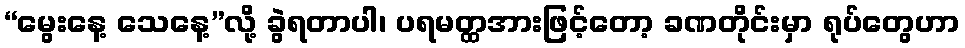
“မွေးနေ့ သေနေ့”လို့ ခွဲရတာပါ၊ ပရမတ္ထအားဖြင့်တော့ ခဏတိုင်းမှာ ရုပ်တွေဟာ